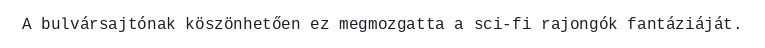
A bulvársajtónak köszönhetően ez megmozgatta a sci-fi rajongók fantáziáját.